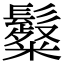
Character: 𩯞